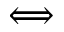
\Longleftrightarrow